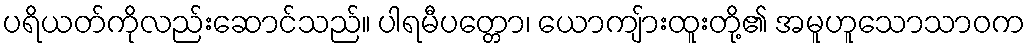
ပရိယတ်ကိုလည်းဆောင်သည်။ ပါရမီပတ္တော၊ ယောကျ်ားထူးတို့၏ အမူဟူသောသာဝက